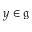
y \in { \mathfrak { g } }